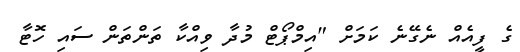
ގެ ފީއެއް ނެގޭނެ ކަމަށް "އިމްޕޯޓް މުދާ ވިއްކާ ތަންތަން ސައި ހޮޓާ